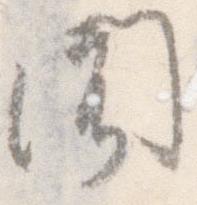
聞